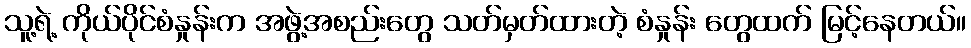
သူ့ရဲ့ ကိုယ်ပိုင်စံနှုန်းက အဖွဲ့အစည်းတွေ သတ်မှတ်ထားတဲ့ စံနှုန်း တွေထက် မြင့်နေတယ်။